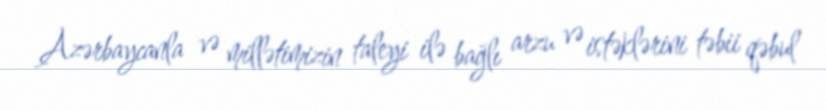
Azərbaycanla və millətimizin taleyi ilə bağlı arzu və istəklərini təbii qəbul